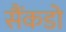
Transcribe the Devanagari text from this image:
सैंकडो